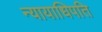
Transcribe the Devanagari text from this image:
न्यायाधिपति